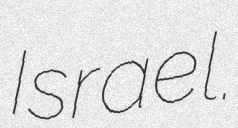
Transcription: Israel.